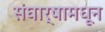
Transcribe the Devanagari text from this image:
संघार्षामधून